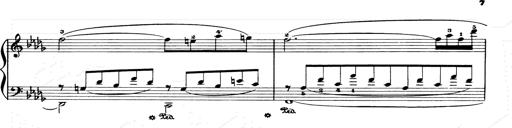
Title: Consolations and LiebestrÃ¤ume for the Piano
Composer: Franz Liszt